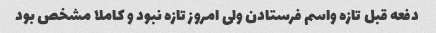
دفعه قبل تازه واسم فرستادن ولی امروز تازه نبود و کاملا مشخص بود